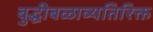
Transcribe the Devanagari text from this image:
बुद्धीबळाव्यतिरिक्त